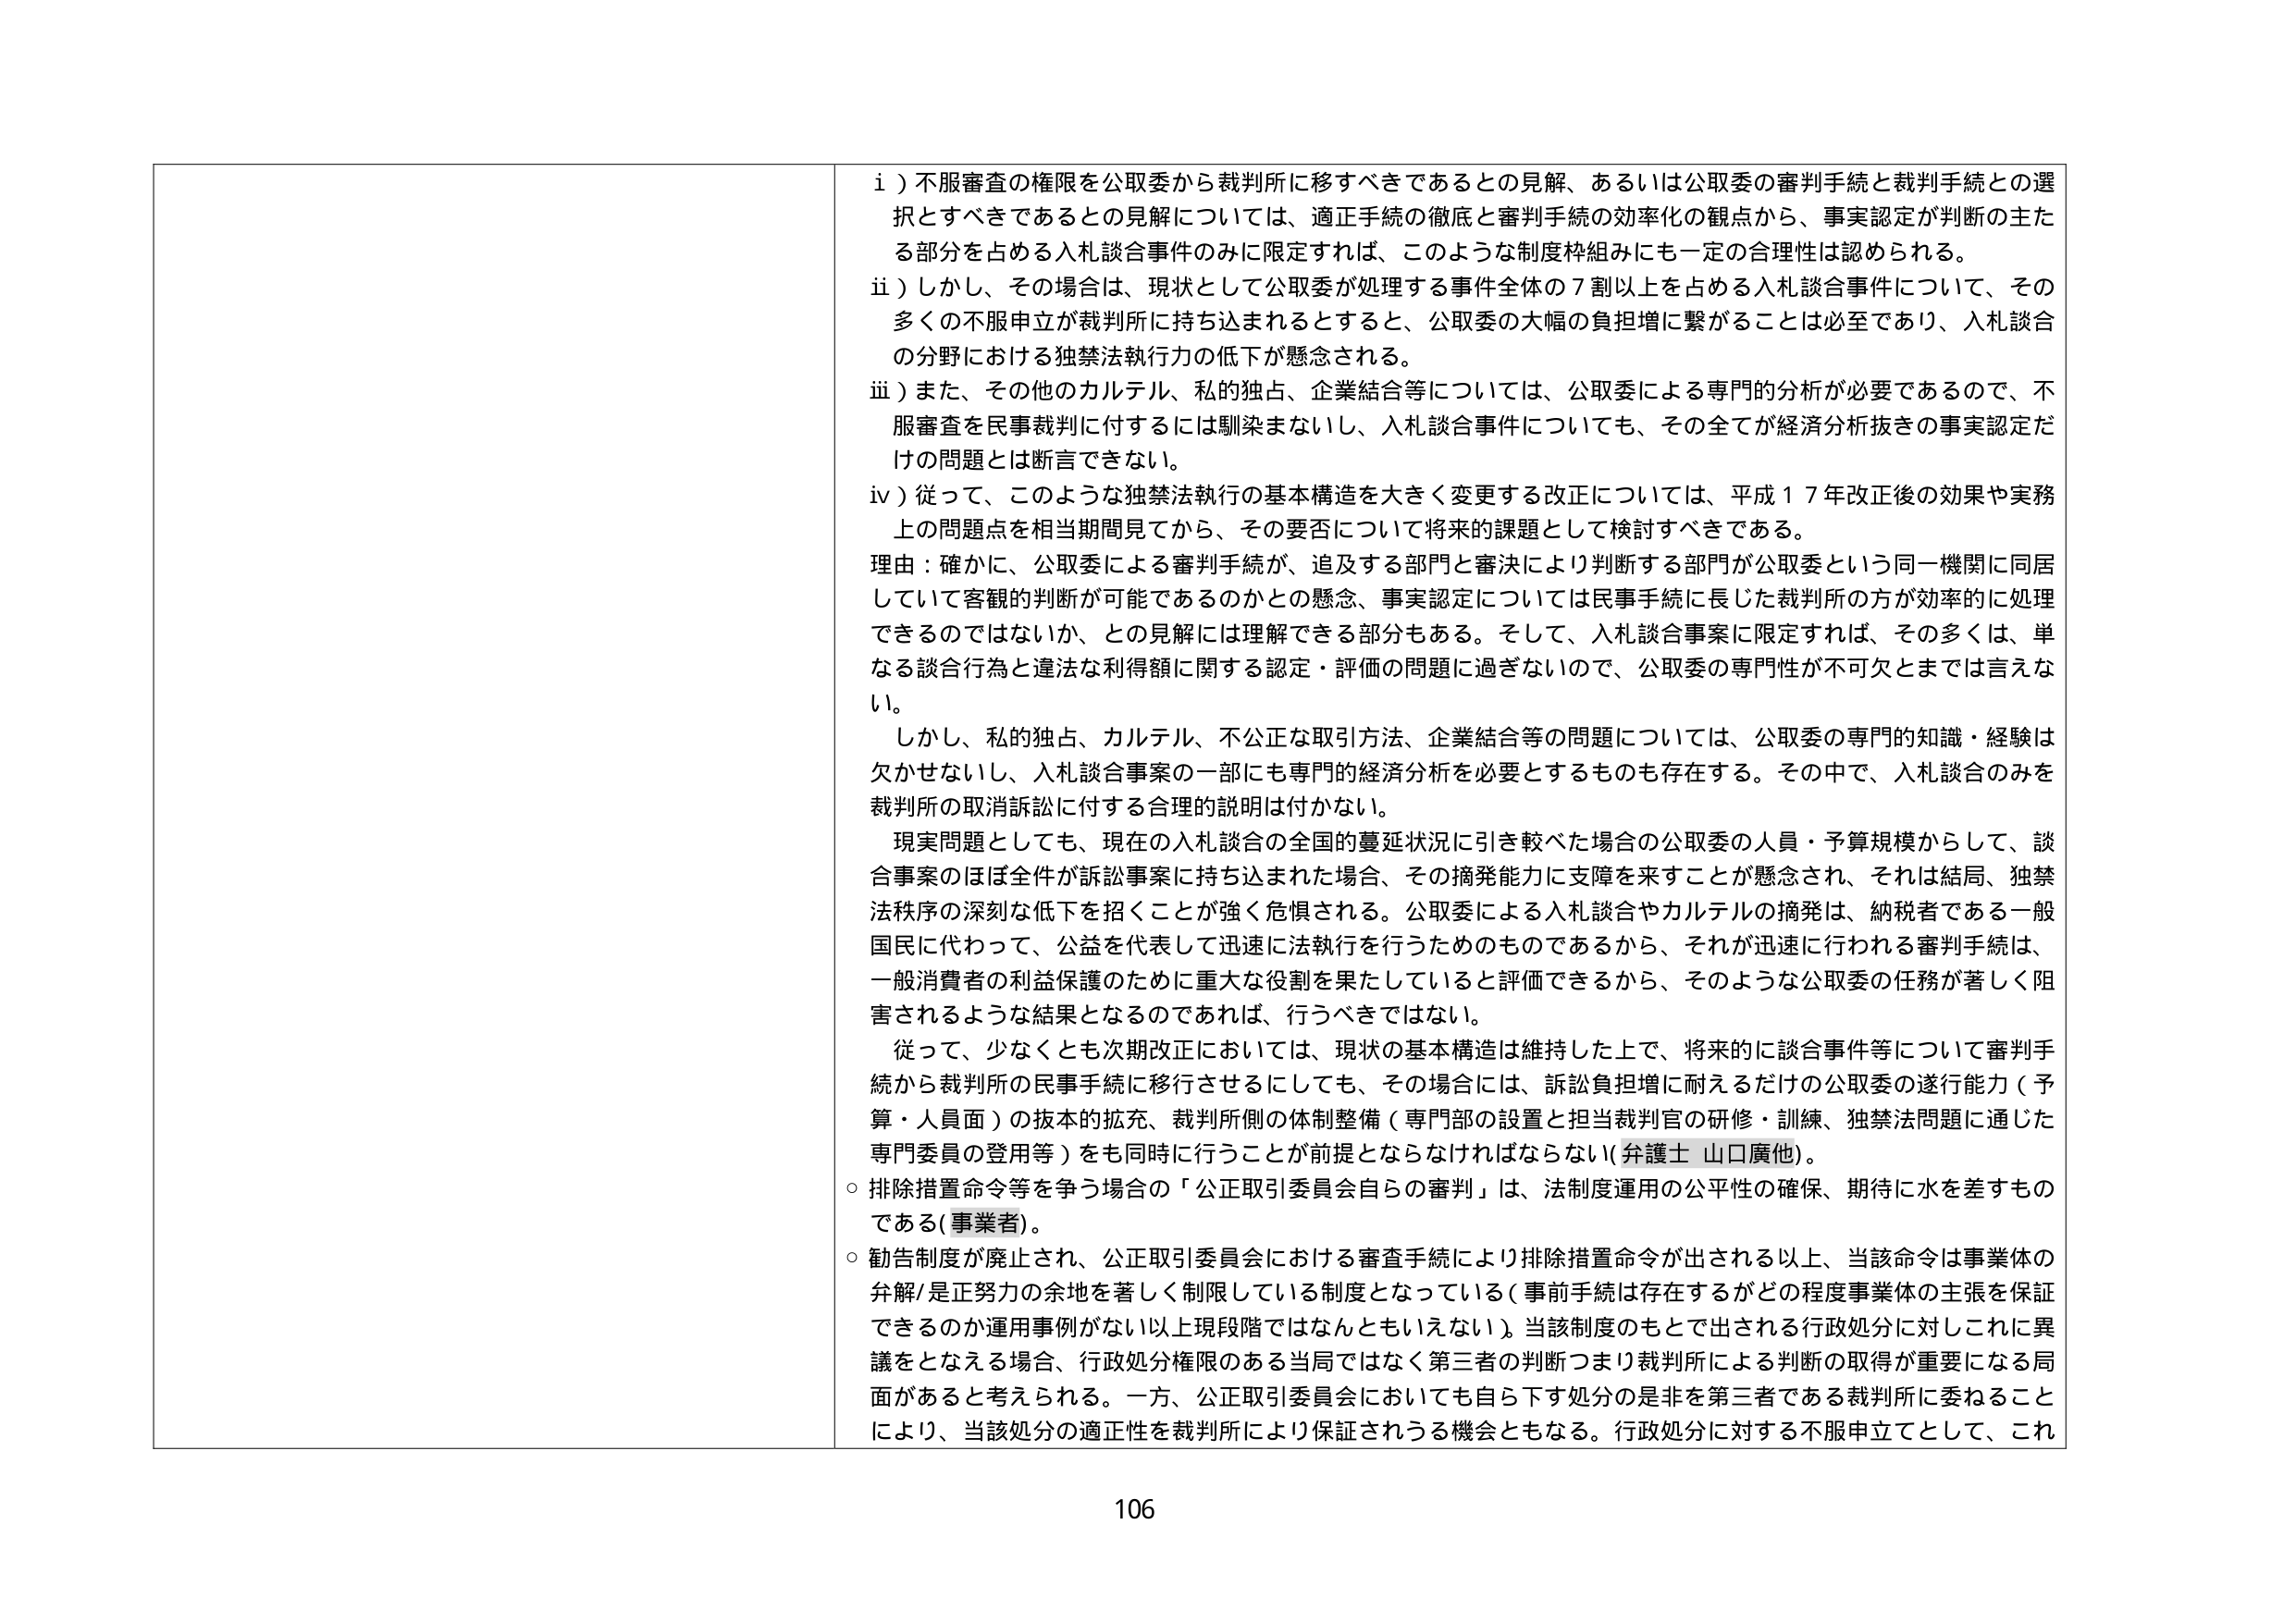
i）不服審査の権限を公取委から裁判所に移すべきであるとの見解、あるいは公取委の審判手続と裁判手続との選択とすべきであるとの見解については、適正手続の徹底と審判手続の効率化の観点から、事実認定が判断の主たる部分を占める入札談合事件のみに限定すれば、このような制度枠組みにも一定の合理性は認められる。

ii）しかし、その場合は、現状として公取委が処理する事件全体の７割以上を占める入札談合事件について、その多くの不服申立が裁判所に持ち込まれるとすると、公取委の大幅の負担増に繋がることは必至であり、入札談合の分野における独禁法執行力の低下が懸念される。

iii）また、その他のカルテル、私的独占、企業結合等については、公取委による専門的分析が必要であるので、不服審査を民事裁判に付するには馴染まないし、入札談合事件についても、その全てが経済分析抜きの事実認定だけの問題とは断言できない。

iv）従って、このような独禁法執行の基本構造を大きく変更する改正については、平成１７年改正後の効果や実務上の問題点を相当期間見てから、その要否について将来の課題として検討すべきである。

理由：確かに、公取委による審判手続が、追及する部門と審決により判断する部門が公取委という同一機関に同居していて客観的判断が可能であるのかとの懸念、事実認定については民事手続に長じた裁判所の方が効率的に処理できるのではないか、との見解には理解できる部分もある。そして、入札談合事案に限定すれば、その多くは、単なる談合行為と違法な利得額に関する認定・評価の問題に過ぎないので、公取委の専門性が不可欠とまでは言えない。

しかし、私的独占、カルテル、不公正な取引方法、企業結合等の問題については、公取委の専門的知識・経験は欠かせないし、入札談合事案の一部にも専門的経済分析を必要とするものも存在する。その中で、入札談合のみを裁判所の取消訴訟に付する合理的説明は付かない。

現実問題としても、現在の入札談合の全国的蔓延状況に引き較べた場合の公取委の人員・予算規模からして、談合事案のほぼ全件が訴訟事案に持ち込まれた場合、その摘発能力に支障を来すことが懸念され、それは結局、独禁法秩序の深刻な低下を招くことが強く危惧される。公取委による入札談合やカルテルの摘発は、納税者である一般国民に代わって、公益を代表して迅速に法執行を行うためのものであるから、それが迅速に行われる審判手続は、一般消費者の利益保護のために重大な役割を果たしていると評価できるから、そのような公取委の任務が著しく阻害されるような結果となるのであれば、行うべきではない。

従って、少なくとも次期改正においては、現状の基本構造は維持した上で、将来的に談合事件等について審判手続から裁判所の民事手続に移行させるにしても、その場合には、訴訟負担増に耐えるだけの公取委の遂行能力（予算・人員面）の抜本的拡充、裁判所側の体制整備（専門部の設置と担当裁判官の研修・訓練、独禁法問題に通じた専門委員の登用等）をも同時に行うことが前提とならなければならない（弁護士 山口廣他）。

○ 排除措置命令を争う場合の「公正取引委員会自らの審判」は、法制度運用の公平性の確保、期待に水を差すものである（事業者）。

○ 勧告制度が廃止され、公正取引委員会における審査手続により排除措置命令が出される以上、当該命令は事業体の弁解/是正努力の余地を著しく制限している制度となっている（事前手続は存在するがどの程度事業体の主張を保証できるのか運用事例がない以上現段階ではなんともいえない）。当該制度のもとで出される行政処分に対しこれに異議をとなえる場合、行政処分権限のある当局ではなく第三者の判断つまり裁判所による判断の取得が重要になる局面があると考えられる。一方、公正取引委員会においても自ら下す処分の是非を第三者である裁判所に委ねることにより、当該処分の適正性を裁判所により保証されうる機会ともなる。行政処分に対する不服申立てとして、これ

106